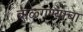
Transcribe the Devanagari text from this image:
बाळ्गण्याचा